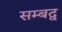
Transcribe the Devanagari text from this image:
सम्‍बद्व